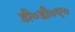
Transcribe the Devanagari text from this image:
डी०डी०ए०